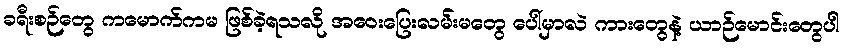
ခရီးစဉ်တွေ ကမောက်ကမ ဖြစ်ခဲ့ရသလို အဝေးပြေးလမ်းမတွေ ပေါ်မှာလဲ ကားတွေနဲ့ ယာဉ်မောင်းတွေပါ